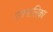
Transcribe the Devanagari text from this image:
गोत्रमालिका